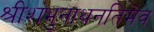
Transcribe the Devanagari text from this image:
श्रीशंभुनाथनतिमेव